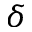
\delta